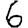
Digit: 6